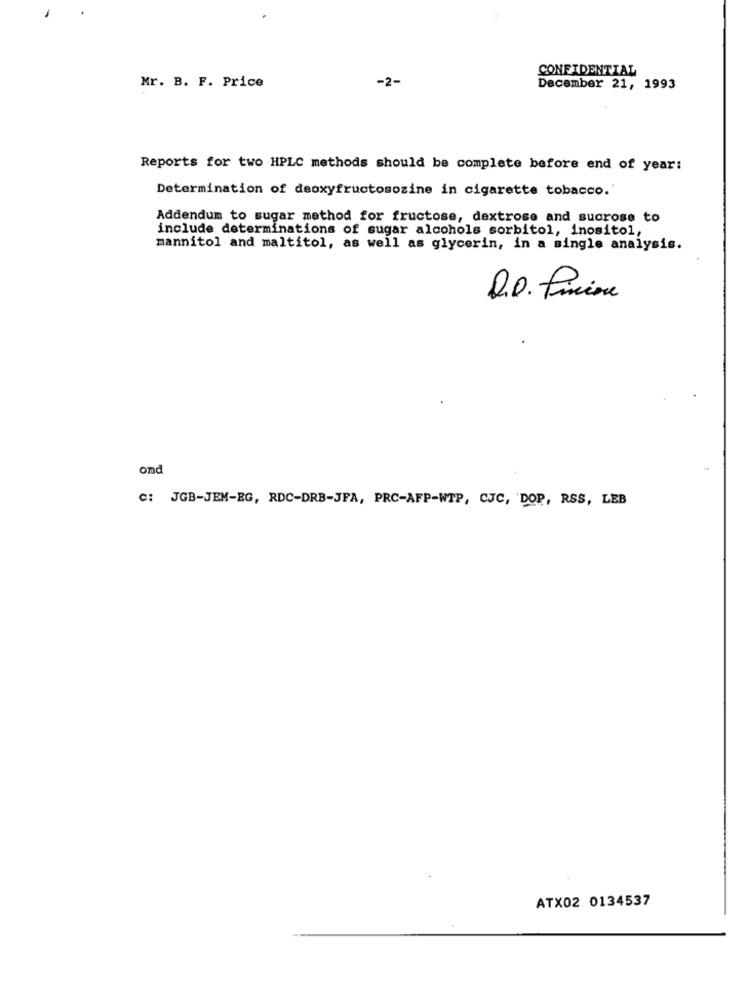
CONFIDENTIAL
-2-
Mr. B. F. Price
December 21, 1993
Reports for two HPLC methods should be complete before end of year:
Determination of deoxyfructosozine in cigarette tobacco.'
Addendum to sugar method for fructose, dextrose and sucrose to
include determinations of sugar alcohols sorbitol, inositol,
mannitol and maltitol, as well as glycerin, in a single analysis.
D.D. Pinio
ond
C: JGB-JEM-EG, RDC-DRB-JFA, PRC-AFP-WTP, CJC, 'DOP, RSS, LEB
ATX02 0134537